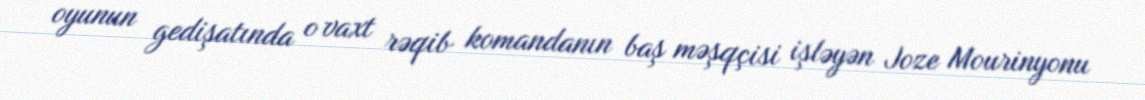
oyunun gedişatında o vaxt rəqib komandanın baş məşqçisi işləyən Joze Mourinyonu